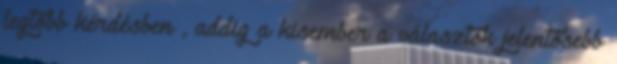
legtöbb kérdésben , addig a kisember a választók jelentősebb